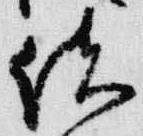
結